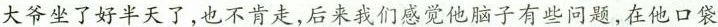
大爷坐了好半天了,也不肯走,后来我们感觉他脑子有些问题,在他口袋